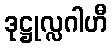
ဒုဋ္ဌုလ္လဂါဟီ